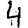
Digit: 4